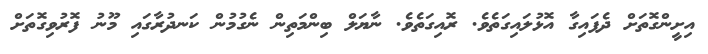
އިށީންގޮތަށް ދެފައިގާ އޮޅުލައިގަތެވެ. ރޮއިގަތެވެ. ނާޔަލް ބިންމަތިން ނެގުމުން ކަނދުރާގައި މޫނު ފޮރުވިގޮތަށް